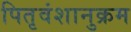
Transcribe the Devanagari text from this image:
पितृवंशानुक्रम